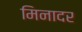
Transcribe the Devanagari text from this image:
मिनादर